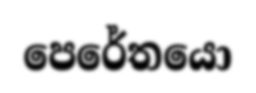
පෙරේතයො